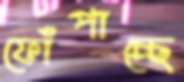
ফোঁপাচ্ছে